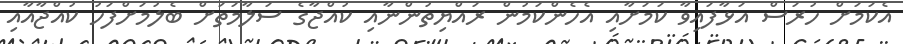
އެކަމަށް ހުރަސް އަޅާފައިވާ ކަމަށާއި އެހެންކަމުން ރައްޔިތުންނާއި ކުއްޖާގެ ސަލާމަތަށް ބެލުމަށްފަހު ކުއްޖާއާއި